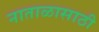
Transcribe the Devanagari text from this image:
नाताळासाठी